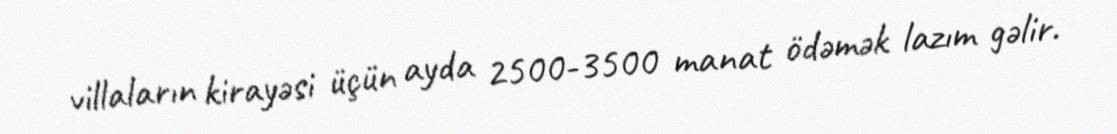
villaların kirayəsi üçün ayda 2500-3500 manat ödəmək lazım gəlir.